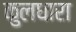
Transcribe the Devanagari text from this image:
कुलधारा